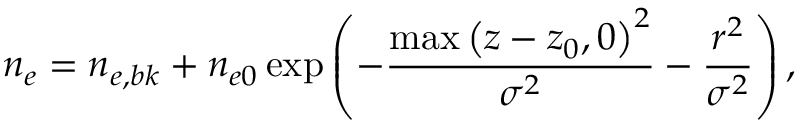
n _ { e } = n _ { e , b k } + n _ { e 0 } \exp \left( - \frac { \operatorname* { m a x } \left( z - z _ { 0 } , 0 \right) ^ { 2 } } { \sigma ^ { 2 } } - \frac { r ^ { 2 } } { \sigma ^ { 2 } } \right) ,